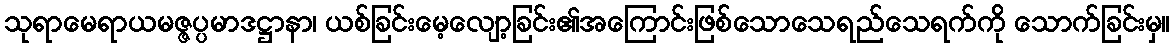
သုရာမေရာယမဇ္ဇပ္ပမာဒဋ္ဌာနာ၊ ယစ်ခြင်းမေ့လျော့ခြင်း၏အကြောင်းဖြစ်သောသေရည်သေရက်ကို သောက်ခြင်းမှ။